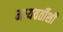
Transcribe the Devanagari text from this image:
मध्यवर्तीशी